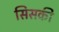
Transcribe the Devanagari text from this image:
सिसकी